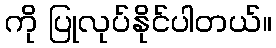
ကို ပြုလုပ်နိုင်ပါတယ်။